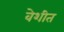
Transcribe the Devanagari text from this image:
वेशीत